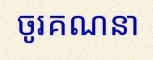
ចូរគណនា